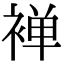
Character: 褝